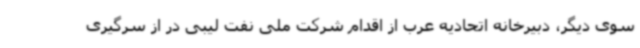
سوی دیگر، دبیرخانه اتحادیه عرب از اقدام شرکت ملی نفت لیبی در از سرگیری